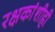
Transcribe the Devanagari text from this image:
रक्षकांशीही